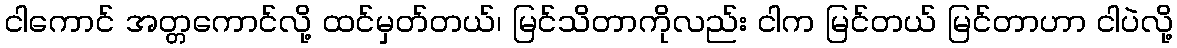
ငါကောင် အတ္တကောင်လို့ ထင်မှတ်တယ်၊ မြင်သိတာကိုလည်း ငါက မြင်တယ် မြင်တာဟာ ငါပဲလို့